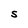
Character: S